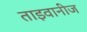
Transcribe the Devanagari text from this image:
ताइवानीज